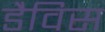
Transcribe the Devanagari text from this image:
डैविस